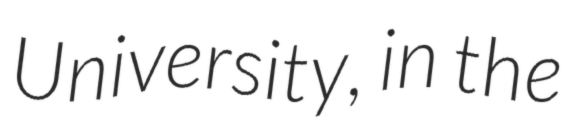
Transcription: University, in the